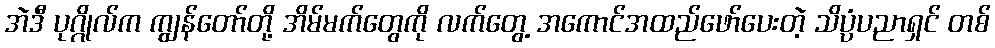
အဲဒီ ပုဂ္ဂိုလ်က ကျွန်တော်တို့ အိမ်မက်တွေကို လက်တွေ့ အကောင်အထည်ဖော်ပေးတဲ့ သိပ္ပံပညာရှင် တစ်